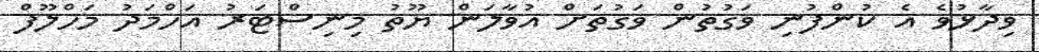
ވިދާޅުވެ އެ ކުންފުނި ވަގުތުން ވަގުތަށް އުވާލަން ޔޫތު މިނިސްޓަރު އަހްމަދު މަހްލޫފް